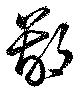
鄙